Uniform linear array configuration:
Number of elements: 48
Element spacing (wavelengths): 0.25
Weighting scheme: blackman
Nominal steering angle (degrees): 30
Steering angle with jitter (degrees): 31.159
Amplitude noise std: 0.05
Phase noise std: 0.05

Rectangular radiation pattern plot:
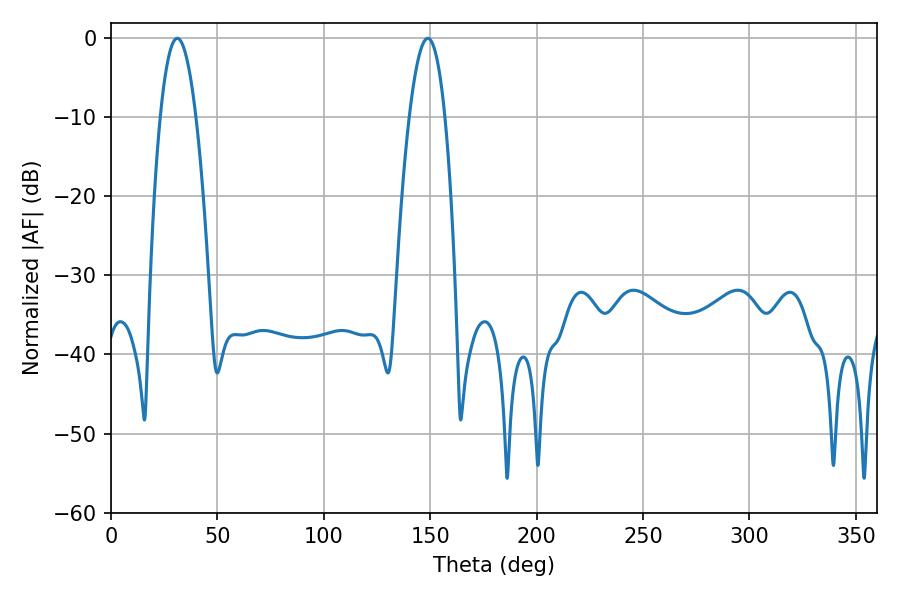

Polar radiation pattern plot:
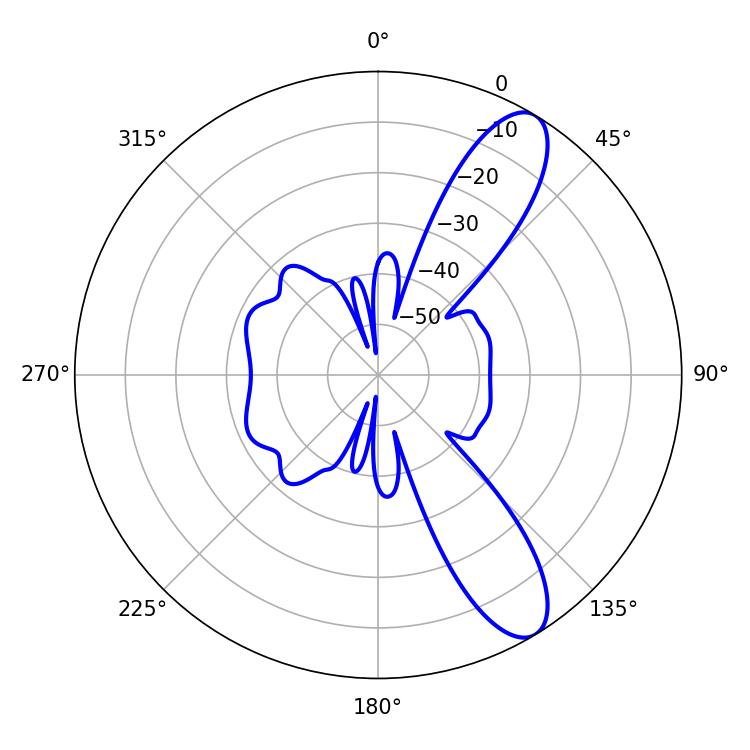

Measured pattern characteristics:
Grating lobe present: FALSE
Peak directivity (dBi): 10.48
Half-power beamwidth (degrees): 9.18
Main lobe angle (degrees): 31.14